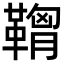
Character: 𩌠